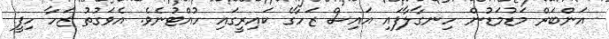
އަންބަރް މަޑުމަޑުން ހިނގާލާފައި އައިސް ޒަހާގެ ކައިރީގައި ހުއްޓުނެވެ. އެވަގުތު ޒަހާ ހިފީ